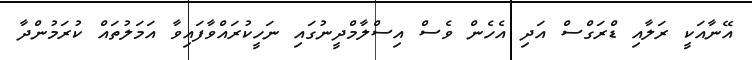
އޭނާއަކީ ރަލާއި ޑްރަގްސް އަދި އެހެން ވެސް އިސްލާމްދީނުގައި ނަހީކުރައްވާފައިވާ އަމަލުތައް ކުރަމުންދާ